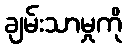
ချမ်းသာမှုကို